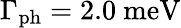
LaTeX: \Gamma_{\mathrm{{ph}}}=2.0~\mathrm{{meV}}